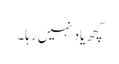
کچھ یاد نہیں رہا۔